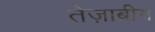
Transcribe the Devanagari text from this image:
तेज़ाबीय